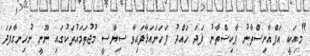
"މިއަކީ އަފްޣާނިސްތާނު ޕާކިސްތާނު ފަދަ ހައްދު ފަހަނައަޅާފައިވާ ސިޔާސީ މުޖުތަމައުތަކުގައި ނޫނީ ނުހިނގާފަދަ